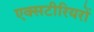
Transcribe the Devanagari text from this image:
एक्सटीरियरों